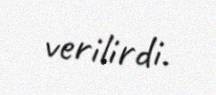
verilirdi.